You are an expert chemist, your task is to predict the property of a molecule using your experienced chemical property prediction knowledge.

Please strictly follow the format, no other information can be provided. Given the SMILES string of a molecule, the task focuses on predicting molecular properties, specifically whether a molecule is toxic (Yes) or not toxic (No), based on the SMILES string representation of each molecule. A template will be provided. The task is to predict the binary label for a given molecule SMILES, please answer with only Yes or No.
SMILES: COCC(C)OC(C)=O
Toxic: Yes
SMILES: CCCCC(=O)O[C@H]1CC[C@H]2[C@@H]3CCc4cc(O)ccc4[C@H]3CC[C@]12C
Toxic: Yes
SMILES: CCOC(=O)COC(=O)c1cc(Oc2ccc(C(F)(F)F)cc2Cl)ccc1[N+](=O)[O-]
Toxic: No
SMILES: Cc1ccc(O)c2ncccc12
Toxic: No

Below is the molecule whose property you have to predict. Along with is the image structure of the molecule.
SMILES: CNS(=O)(=O)CCc1ccc2[nH]cc(C3CCN(C)CC3)c2c1
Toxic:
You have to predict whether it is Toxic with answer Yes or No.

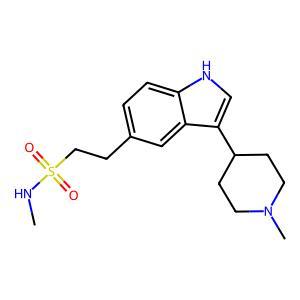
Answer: No